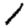
Digit: 1